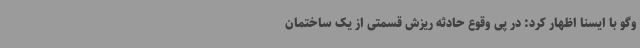
وگو با ایسنا اظهار کرد: در پی وقوع حادثه ریزش قسمتی از یک ساختمان